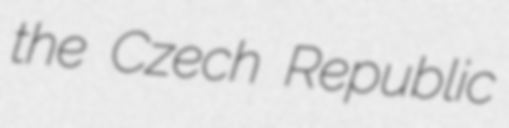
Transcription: the Czech Republic